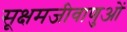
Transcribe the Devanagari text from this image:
सूक्षमजीवाणुओं